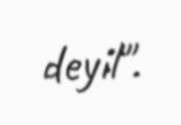
deyil".